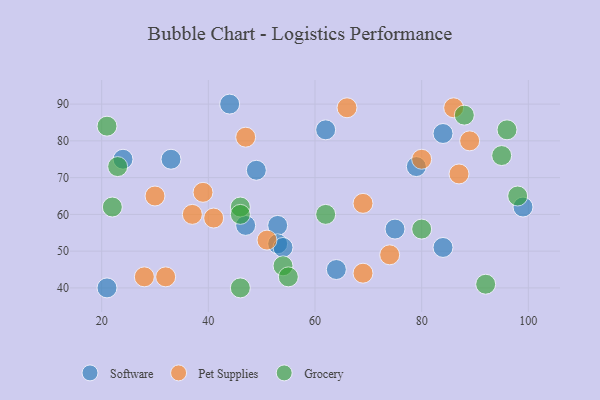
{"axis": {"x": "GDP", "y": "Life Expectancy"}, "legend": ["Grocery", "Pet Supplies", "Software"], "data": [{"x": "21", "y": 40, "type": "Software"}, {"x": "99", "y": 62, "type": "Software"}, {"x": "84", "y": 51, "type": "Software"}, {"x": "53", "y": 57, "type": "Software"}, {"x": "49", "y": 72, "type": "Software"}, {"x": "33", "y": 75, "type": "Software"}, {"x": "84", "y": 82, "type": "Software"}, {"x": "24", "y": 75, "type": "Software"}, {"x": "44", "y": 90, "type": "Software"}, {"x": "53", "y": 52, "type": "Software"}, {"x": "64", "y": 45, "type": "Software"}, {"x": "47", "y": 57, "type": "Software"}, {"x": "54", "y": 51, "type": "Software"}, {"x": "62", "y": 83, "type": "Software"}, {"x": "75", "y": 56, "type": "Software"}, {"x": "79", "y": 73, "type": "Software"}, {"x": "28", "y": 43, "type": "Pet Supplies"}, {"x": "74", "y": 49, "type": "Pet Supplies"}, {"x": "87", "y": 71, "type": "Pet Supplies"}, {"x": "86", "y": 89, "type": "Pet Supplies"}, {"x": "37", "y": 60, "type": "Pet Supplies"}, {"x": "51", "y": 53, "type": "Pet Supplies"}, {"x": "39", "y": 66, "type": "Pet Supplies"}, {"x": "66", "y": 89, "type": "Pet Supplies"}, {"x": "89", "y": 80, "type": "Pet Supplies"}, {"x": "80", "y": 75, "type": "Pet Supplies"}, {"x": "32", "y": 43, "type": "Pet Supplies"}, {"x": "69", "y": 44, "type": "Pet Supplies"}, {"x": "47", "y": 81, "type": "Pet Supplies"}, {"x": "41", "y": 59, "type": "Pet Supplies"}, {"x": "69", "y": 63, "type": "Pet Supplies"}, {"x": "30", "y": 65, "type": "Pet Supplies"}, {"x": "22", "y": 62, "type": "Grocery"}, {"x": "54", "y": 46, "type": "Grocery"}, {"x": "23", "y": 73, "type": "Grocery"}, {"x": "46", "y": 62, "type": "Grocery"}, {"x": "21", "y": 84, "type": "Grocery"}, {"x": "92", "y": 41, "type": "Grocery"}, {"x": "62", "y": 60, "type": "Grocery"}, {"x": "88", "y": 87, "type": "Grocery"}, {"x": "46", "y": 40, "type": "Grocery"}, {"x": "98", "y": 65, "type": "Grocery"}, {"x": "95", "y": 76, "type": "Grocery"}, {"x": "46", "y": 60, "type": "Grocery"}, {"x": "80", "y": 56, "type": "Grocery"}, {"x": "96", "y": 83, "type": "Grocery"}, {"x": "55", "y": 43, "type": "Grocery"}]}